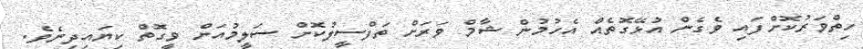
ހިތްވަރުކޮށްފައި ވެގެން އުޅޭގޮތެއް އެހުމުން ޝާމް ވަރަށް ތަފްސީލުކޮށް ސަލީމުއަށް ވީގޮތް ކިޔައިދިނެވެ.